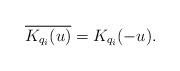
\begin{align*}\overline{K_{q_i}(u)}=K_{q_i}(-u).\end{align*}